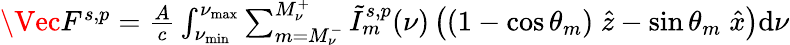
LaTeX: \begin{array}{r}{\Vec{F}^{s,p}=\frac{A}{c}\int_{\nu_{\mathrm{min}}}^{\nu_{\mathrm{max}}}\sum_{m=M_{\nu}^{-}}^{M_{\nu}^{+}}\tilde{I}_{m}^{s,p}(\nu)\left((1-\cos\theta_{m})\; \hat{z}-\sin\theta_{m}\; \hat{x}\right)\mathrm{d}\nu}\end{array}